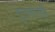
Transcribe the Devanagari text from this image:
दुराणीनेही